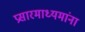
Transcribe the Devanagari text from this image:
प्रसारमाध्यमांना